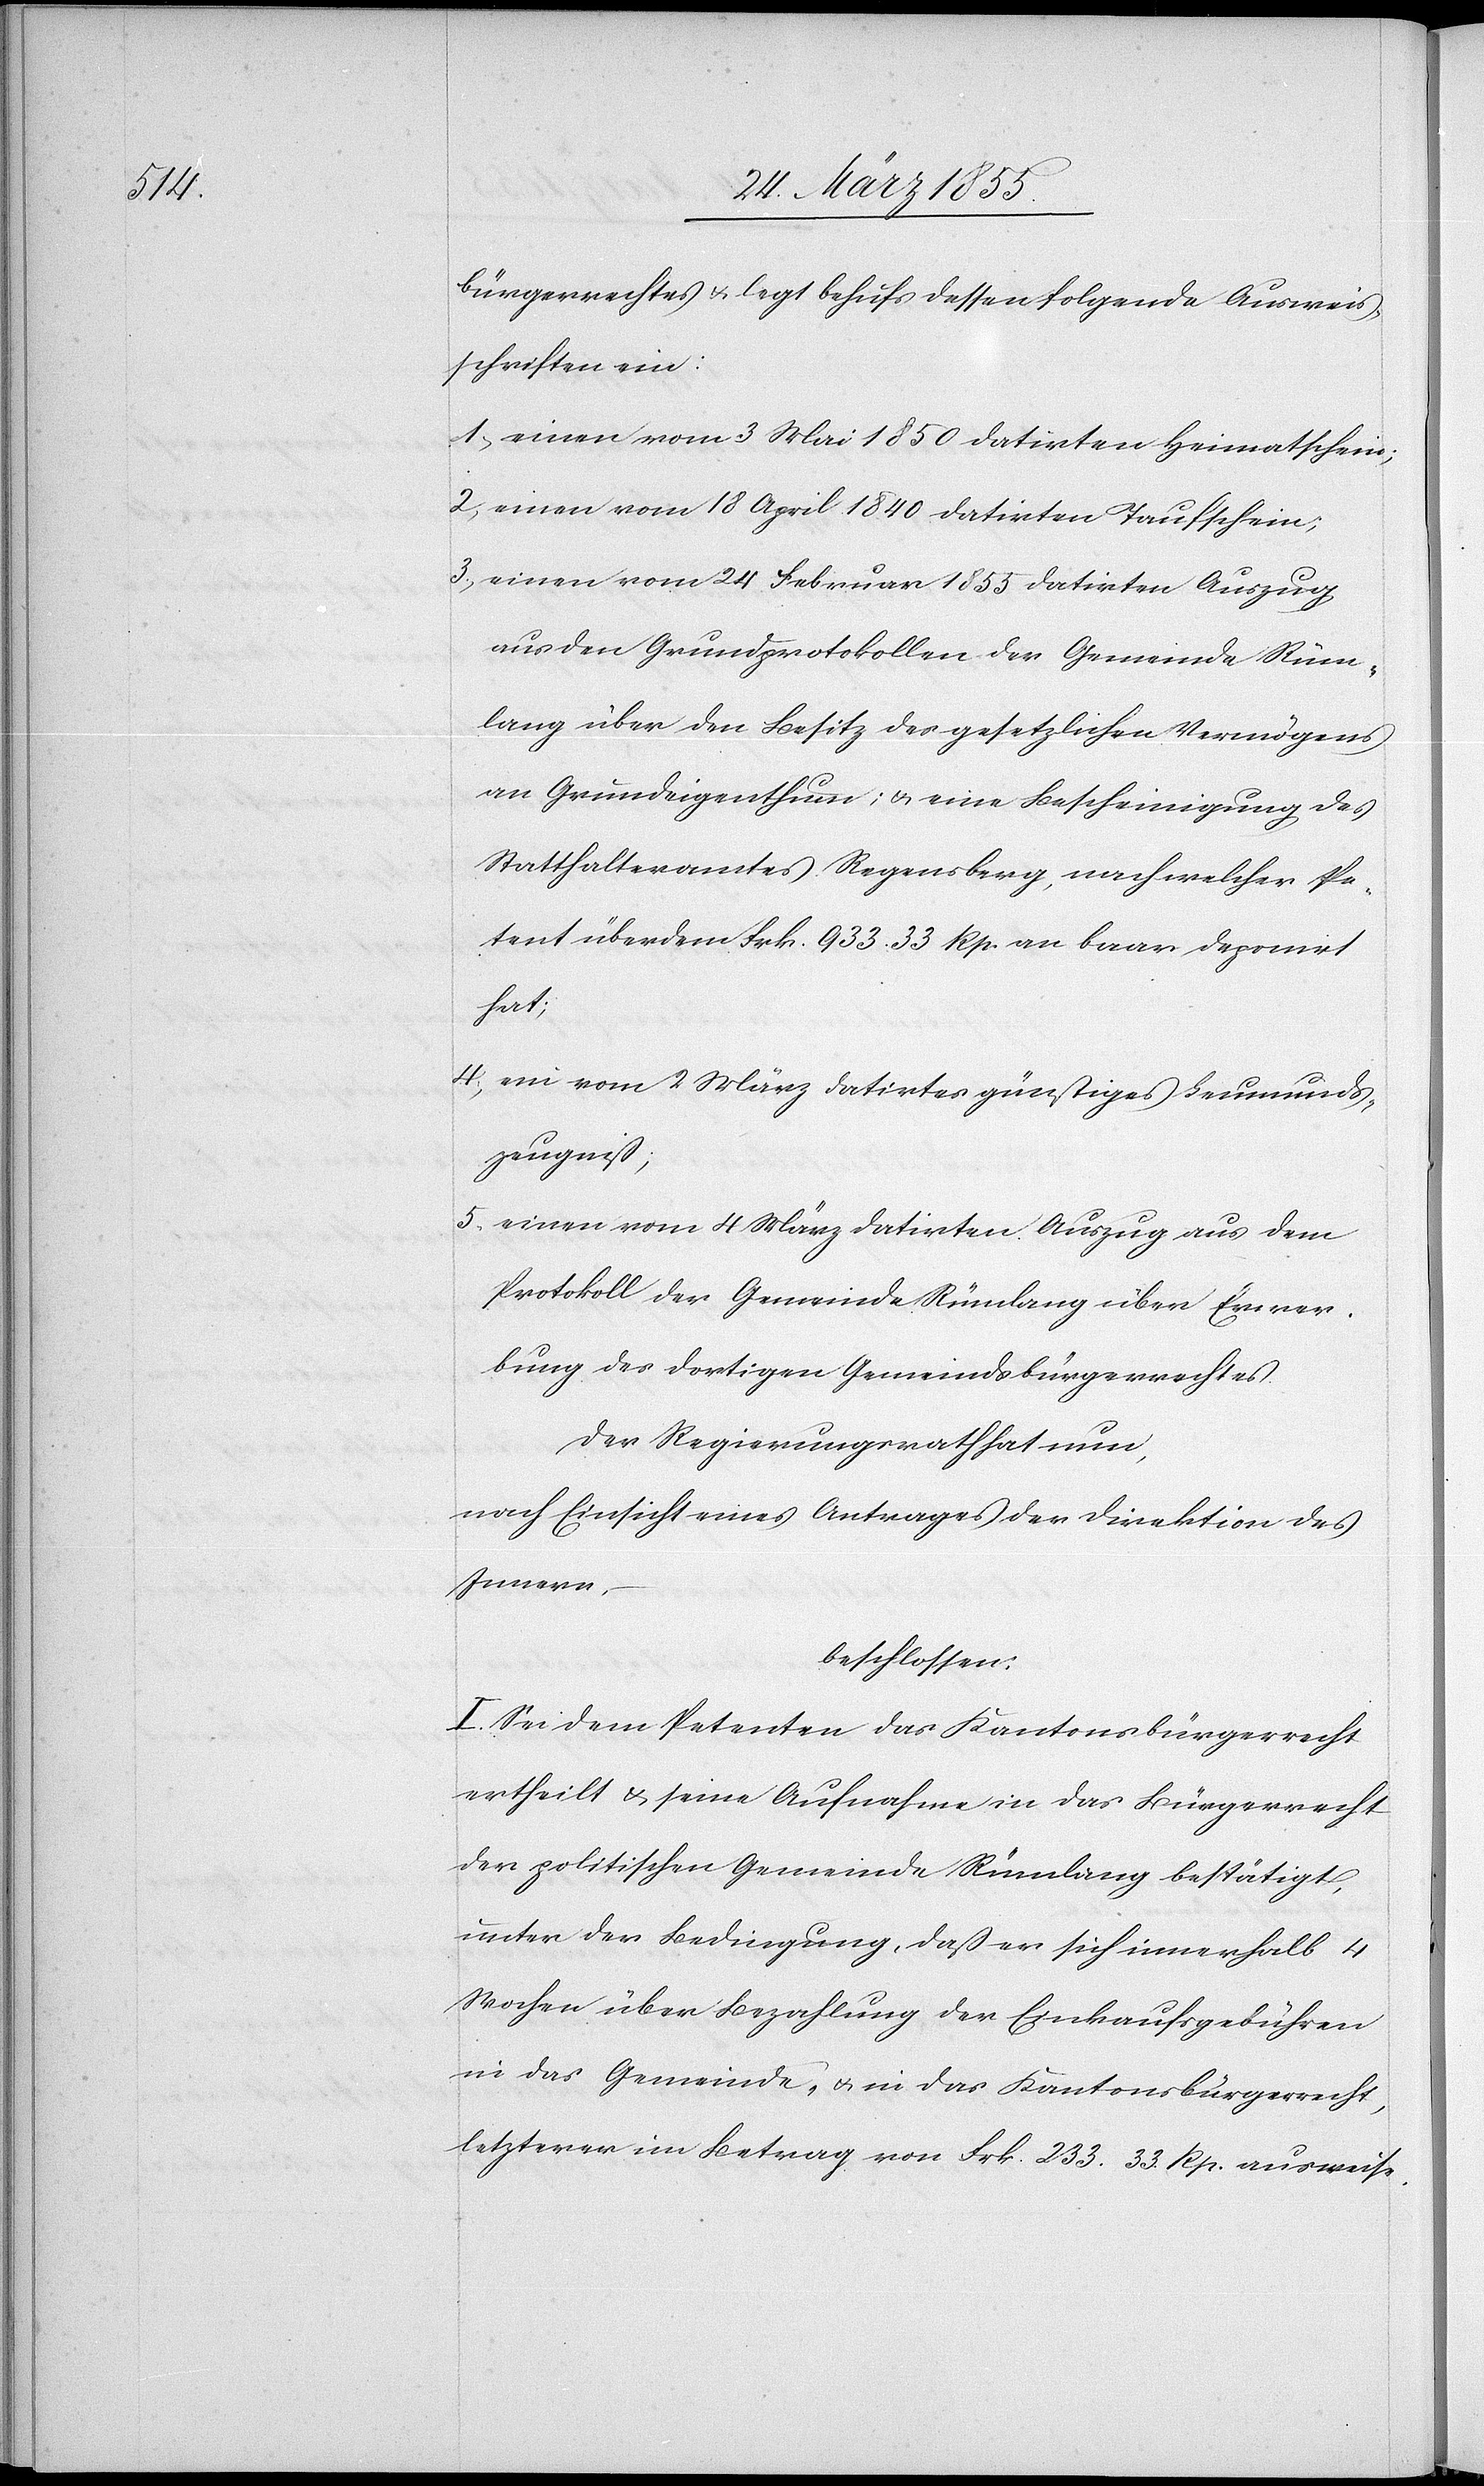
bürgerrechtes & legt behufs dessen folgende Ausweis¬
schriften ein:
einen vom 3 Mai 1850 datirten Heimatschein;
einen vom 18 April 1840 datirten Taufschein;
einen vom 24 Februar 1855 datirten Auszug
aus den Grundprotokollen der Gemeinde Rüm¬
lang über den Besitz des gesetzlichen Vermögens
an Grundeigenthum; & eine Bescheinigung des
Statthalteramtes Regensberg, nach welcher Pe¬
tent überdem Frk. 933. 33 Rp. an baar deponirt
hat;
ein vom 2 März datirtes günstiges Leumunds¬
zeugniß;
einen vom 4 März datirten Auszug aus dem
Protokoll der Gemeinde Rümlang über Erwer¬
bung des dortigen Gemeindsbürgerrechtes.
Der Regierungsrath hat nun,
nach Einsicht eines Antrages der Direktion des
Innern,
beschlossen:
I. Sei dem Petenten das Kantonsbürgerrecht
ertheilt & seine Aufnahme in das Bürgerrecht
der politischen Gemeinde Rümlang bestätigt,
unter der Bedingung, daß er sich innerhalb 4
Wochen über Bezahlung der Einkaufsgebühren
in das Gemeinde- & in das Kantonsbürgerrecht,
letzterer im Betrag von Frk. 233. 33. Rp. ausweise.